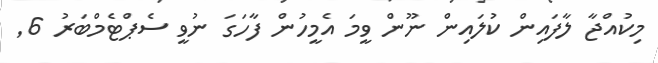
މިކުއްޖާ ލާފައިން ކުލައިން ނޫން ވީމަ އެމީހުން ފާހަގަ ނުވީ ސެޕްޓެމްބަރު 6